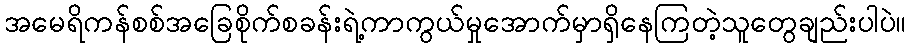
အမေရိကန်စစ်အခြေစိုက်စခန်းရဲ့ကာကွယ်မှုအောက်မှာရှိနေကြတဲ့သူတွေချည်းပါပဲ။